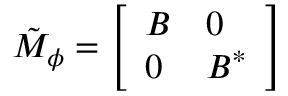
\begin{array} { r } { \tilde { M } _ { \phi } = \left[ \begin{array} { l l } { B } & { 0 } \\ { 0 } & { B ^ { * } } \end{array} \right] } \end{array}